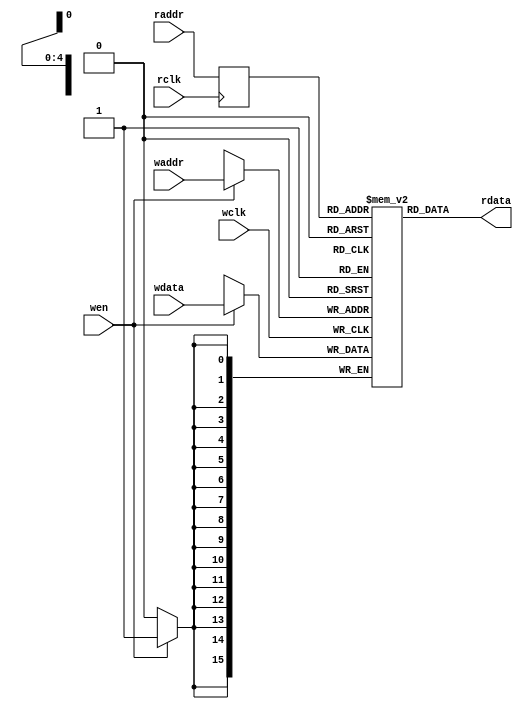
module ram16b_sim (
	input	[15:0]	wdata,
	input		wen,
	input	[4:0]	waddr,
	input		wclk,
	output	[15:0]	rdata,
	input	[4:0]	raddr,
	input		rclk
);
	reg [15:0] memory[0:31];
	reg [4:0] raddr_r;
	always @(posedge wclk) begin
		if(wen) begin
			memory[waddr] <= wdata;
		end
	end
	always @(posedge rclk) begin
		raddr_r <= raddr;
	end
	assign rdata = memory[raddr_r];
endmodule